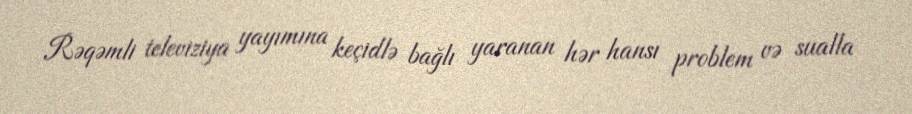
Rəqəmli televiziya yayımına keçidlə bağlı yaranan hər hansı problem və sualla